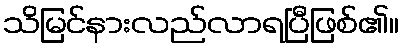
သိမြင်နားလည်လာရပြီဖြစ်၏။